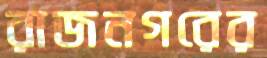
রাজনগরের